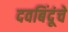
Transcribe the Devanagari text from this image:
दवबिंदूंचे